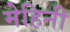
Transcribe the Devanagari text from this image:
मेहिनी